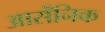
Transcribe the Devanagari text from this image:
आर्सेंनिक